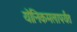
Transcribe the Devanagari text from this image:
योनिकमलापर्यंत